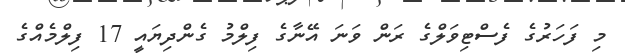
މި ފަހަރުގެ ފެސްޓިވަލްގެ ރަން ވަނަ އޭނާގެ ފިލްމު ގެންދިޔައީ 17 ފިލްމެއްގެ